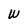
Character: W